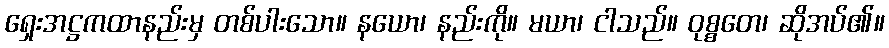
ရှေးအဋ္ဌကထာနည်းမှ တစ်ပါးသော။ နယော၊ နည်းကို။ မယာ၊ ငါသည်။ ဝုစ္စတေ၊ ဆိုအပ်၏။